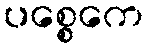
ပစ္စေကေ